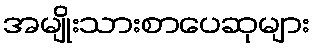
အမျိုးသားစာပေဆုများ